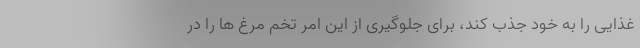
غذایی را به خود جذب کند، برای جلوگیری از این امر تخم مرغ ها را در